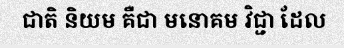
ជាតិ និយម គឺជា មនោគម វិជ្ជា ដែល